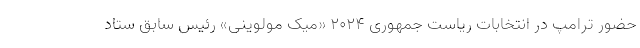
حضور ترامپ در انتخابات ریاست جمهوری ۲۰۲۴ «میک مولوینی» رئیس سابق ستاد